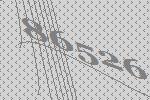
86526